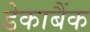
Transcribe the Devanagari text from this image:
डेकाबैंक